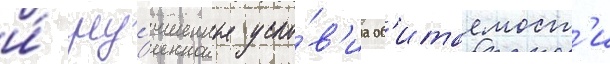
и́ улу́чшенные усло́в'иа об'итаемост'и